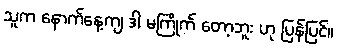
သူက နောက်နေ့ကျ ဒါ မကြိုက် တော့ဘူး ဟု ပြန်ပြင်။